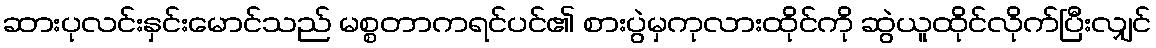
ဆားပုလင်းနှင်းမောင်သည် မစ္စတာကရင်ပင်၏ စားပွဲမှကုလားထိုင်ကို ဆွဲယူထိုင်လိုက်ပြီးလျှင်